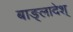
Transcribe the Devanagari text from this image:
बाङ्लादेश्